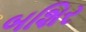
બશિર